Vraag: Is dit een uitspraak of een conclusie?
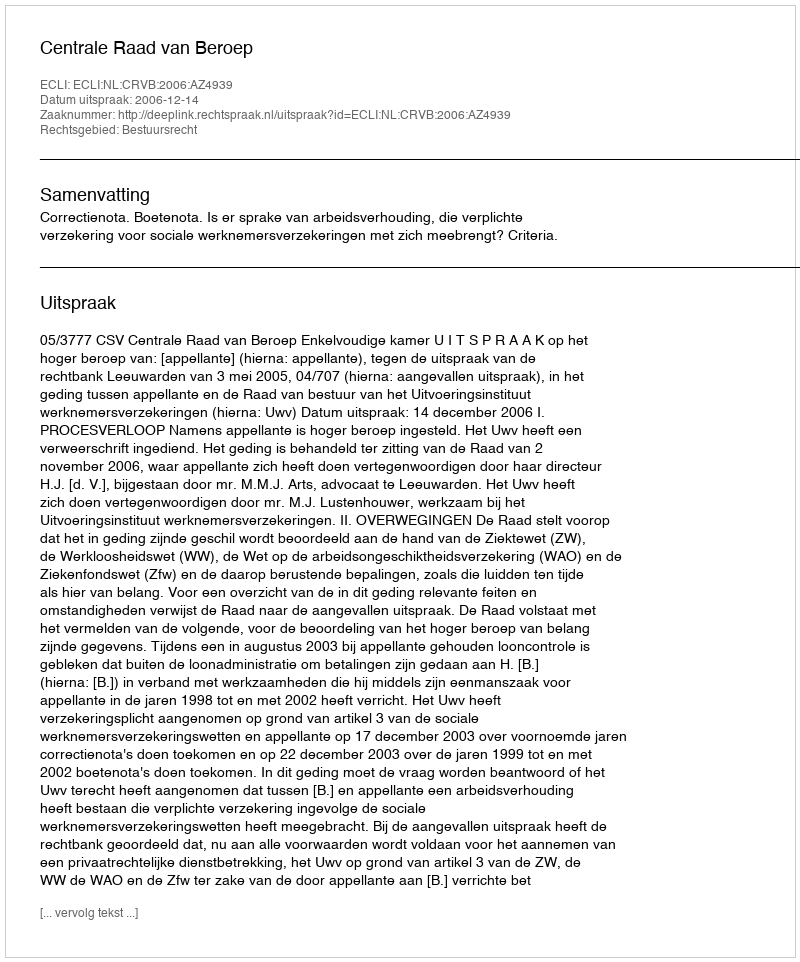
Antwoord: Uitspraak